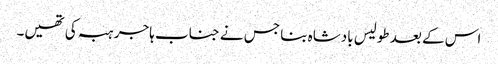
اس کے بعد طولیس بادشاہ بنا جس نے جناب ہاجر ہبہ کی تھیں۔